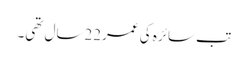
تب سائرہ کی عمر22سال تھی۔